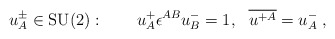
\begin{align*} u^\pm_A \in \mbox{SU(2)}: \qquad u^+_A \epsilon^{AB} u^-_B = 1, \ \ \overline{u^{+A}} = u^-_A \;,\end{align*}